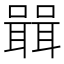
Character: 𭋷